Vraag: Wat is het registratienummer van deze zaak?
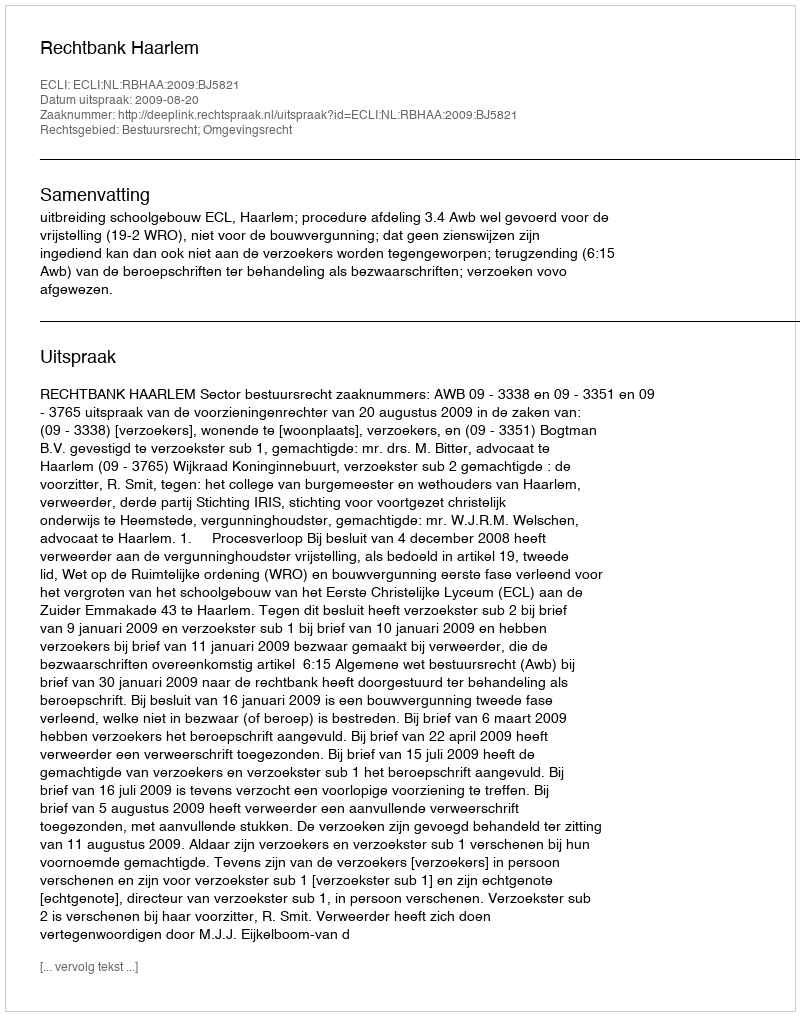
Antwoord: http://deeplink.rechtspraak.nl/uitspraak?id=ECLI:NL:RBHAA:2009:BJ5821